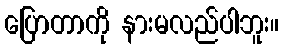
ပြောတာကို နားမလည်ပါဘူး။